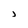
Character: J